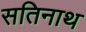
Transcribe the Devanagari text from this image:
सतिनाथ